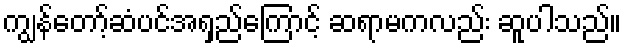
ကျွန်တော့်ဆံပင်အရှည်ကြောင့် ဆရာမကလည်း ဆူပါသည်။